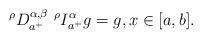
LaTeX: \begin{align*} ^{\rho}D_{a^+}^{\alpha,\beta}\ ^{\rho}I_{a^+}^{\alpha}g=g,x\in [a,b]. \end{align*}